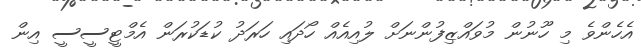
އެހެންވެ މި ހޫނުން މުވައްޒިފުންނަށް ލުއިއެއް ހޯދައި ހަރަދު ކުޑަކުރަން އެމްޓީސީސީ އިން